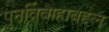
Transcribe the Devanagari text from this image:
पुनर्विवाहाबद्दल